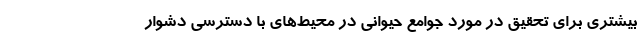
بیشتری برای تحقیق در مورد جوامع حیوانی در محیط‌های با دسترسی دشوار